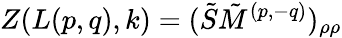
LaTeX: Z(L(p,q),k)=(\tilde{S}\tilde{M}^{(p,-q)})_{\rho\rho}